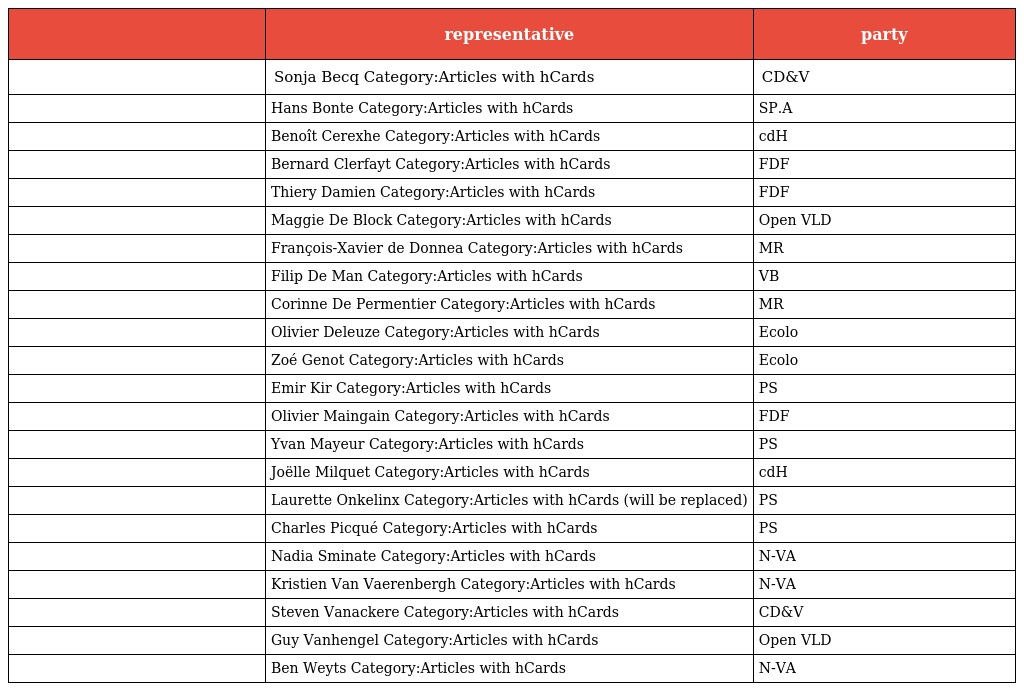
|  | representative | party |
 | --- | --- | --- |
 |  | Sonja Becq Category:Articles with hCards | CD&V |
 |  | Hans Bonte Category:Articles with hCards | SP.A |
 |  | Benoît Cerexhe Category:Articles with hCards | cdH |
 |  | Bernard Clerfayt Category:Articles with hCards | FDF |
 |  | Thiery Damien Category:Articles with hCards | FDF |
 |  | Maggie De Block Category:Articles with hCards | Open VLD |
 |  | François-Xavier de Donnea Category:Articles with hCards | MR |
 |  | Filip De Man Category:Articles with hCards | VB |
 |  | Corinne De Permentier Category:Articles with hCards | MR |
 |  | Olivier Deleuze Category:Articles with hCards | Ecolo |
 |  | Zoé Genot Category:Articles with hCards | Ecolo |
 |  | Emir Kir Category:Articles with hCards | PS |
 |  | Olivier Maingain Category:Articles with hCards | FDF |
 |  | Yvan Mayeur Category:Articles with hCards | PS |
 |  | Joëlle Milquet Category:Articles with hCards | cdH |
 |  | Laurette Onkelinx Category:Articles with hCards (will be replaced) | PS |
 |  | Charles Picqué Category:Articles with hCards | PS |
 |  | Nadia Sminate Category:Articles with hCards | N-VA |
 |  | Kristien Van Vaerenbergh Category:Articles with hCards | N-VA |
 |  | Steven Vanackere Category:Articles with hCards | CD&V |
 |  | Guy Vanhengel Category:Articles with hCards | Open VLD |
 |  | Ben Weyts Category:Articles with hCards | N-VA |